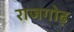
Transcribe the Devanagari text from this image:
राजगोढ़